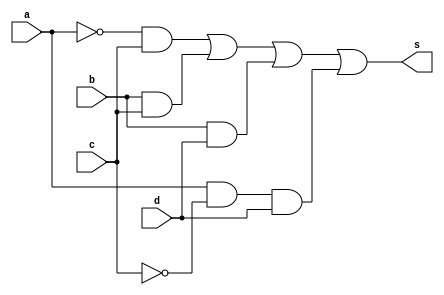
//---------------------------
//Nome: Caio Ragacci Pimentel
//Matrcula: 405794
//---------------------------

//--------------------------
// ------- Guia08-01--------
//--------------------------

module Exercicio01(s, a, b, c, d);
	output s;
	input a, b, c, d;
	wire na, nc, t1, t2, t3, t4;
	not NOT1(na, a);
	not NOT2(nc, c);
	and AND1(t1, na, c);
	and AND2(t2, b, c);
	and AND3(t3, b, d);
	and AND4(t4, a, nc, d);
	or OR1(s, t1, t2, t3, t4);
endmodule

module testeExercicio01();
	reg a, b, c, d;
	wire s;
	integer linha, i, j, k, l;

	Exercicio01 CIRCUITO(s, a, b, c, d);

	initial begin
		a = 0;
		b = 0;
		c = 0;
		d = 0;
		linha = -1;
	end

	initial begin
		$display("Exercicio 02 - Douglas Borges - 417889\n");

		#1 $display("   a b c d  S");

		for(i = 0; i < 2; i = i + 1)begin
			a = i;
			for(j = 0; j < 2; j = j + 1)begin
				b = j;
				for(k = 0; k < 2; k = k + 1)begin
					c = k;
					for(l = 0; l < 2; l = l + 1)begin
						#1 d = l; linha = linha + 1;
						#1 $display("%2d %b %b %b %b  %b", linha, a, b, c, d, s);
					end
				end
			end
		end
	end

/*
Exercicio 01 - Douglas Borges - 417889

   a b c d  S
 0 0 0 0 0  0
 1 0 0 0 1  0
 2 0 0 1 0  1
 3 0 0 1 1  1
 4 0 1 0 0  0
 5 0 1 0 1  1
 6 0 1 1 0  1
 7 0 1 1 1  1
 8 1 0 0 0  0
 9 1 0 0 1  1
10 1 0 1 0  0
11 1 0 1 1  0
12 1 1 0 0  0
13 1 1 0 1  1
14 1 1 1 0  1
15 1 1 1 1  1
*/
endmodule